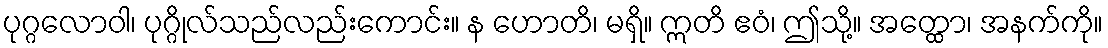
ပုဂ္ဂလောဝါ၊ ပုဂ္ဂိုလ်သည်လည်းကောင်း။ န ဟောတိ၊ မရှိ။ ဣတိ ဧဝံ၊ ဤသို့။ အတ္ထော၊ အနက်ကို။